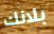
بلانك